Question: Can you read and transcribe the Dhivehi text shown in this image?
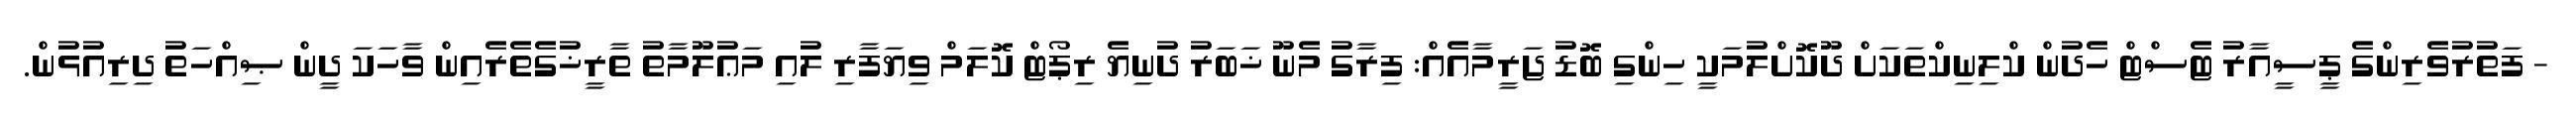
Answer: - ފަތުރުވެރިންގެ ޕީސީއާރު ޓެސްޓް ހެދުން ކްލިނިކްތަކަށް ދޫކޮށްލުމަކީ ހިންގި ބޮޑު ޖަރީމާއެއް: ފިރާގު މެނޫ ޚަބަރު ދުނިޔެ ރިޕޯޓް ކޮލަމް ވިޔަފާރި ލުއި މަޢުލޫމާތު ތާރީޚުގެތެރެއިން ވާހަކަ ދީން ޞިއްހަތު ދިރިއުޅުން.